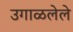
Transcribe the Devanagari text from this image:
उगाळलेले